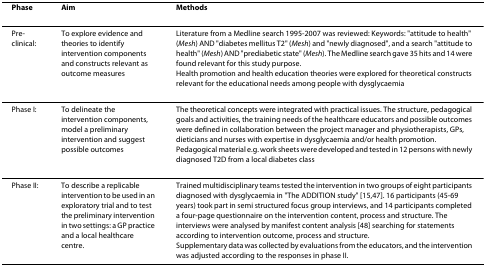
<table><thead><tr><td><b>Phase</b></td><td><b>Aim</b></td><td><b>Methods</b></td></tr></thead><tbody><tr><td>Pre-clinical:</td><td>To explore evidence and theories to identify intervention components and constructs relevant as outcome measures</td><td>Literature from a Medline search 1995-2007 was reviewed: Keywords: &quot;attitude to health&quot; (<i>Mesh</i>) AND &quot;diabetes mellitus T2&quot; (<i>Mesh</i>) and &quot;newly diagnosed&quot;, and a search &quot;attitude to health&quot; (<i>Mesh</i>) AND &quot;prediabetic state&quot; (<i>Mesh</i>). The Medline search gave 35 hits and 14 were found relevant for this study purpose.Health promotion and health education theories were explored for theoretical constructs relevant for the educational needs among people with dysglycaemia</td></tr><tr><td>Phase I:</td><td>To delineate the intervention components, model a preliminary intervention and suggest possible outcomes</td><td>The theoretical concepts were integrated with practical issues. The structure, pedagogical goals and activities, the training needs of the healthcare educators and possible outcomes were defined in collaboration between the project manager and physiotherapists, GPs, dieticians and nurses with expertise in dysglycaemia and/or health promotion.Pedagogical material e.g. work sheets were developed and tested in 12 persons with newly diagnosed T2D from a local diabetes class</td></tr><tr><td>Phase II:</td><td>To describe a replicable intervention to be used in an exploratory trial and to test the preliminary intervention in two settings: a GP practice and a local healthcare centre.</td><td>Trained multidisciplinary teams tested the intervention in two groups of eight participants diagnosed with dysglycaemia in &quot;The ADDITION study&quot; [15,47]. 16 participants (45-69 years) took part in semi structured focus group interviews, and 14 participants completed a four-page questionnaire on the intervention content, process and structure. The interviews were analysed by manifest content analysis [48] searching for statements according to intervention outcome, process and structure.Supplementary data was collected by evaluations from the educators, and the intervention was adjusted according to the responses in phase II.</td></tr></tbody></table>